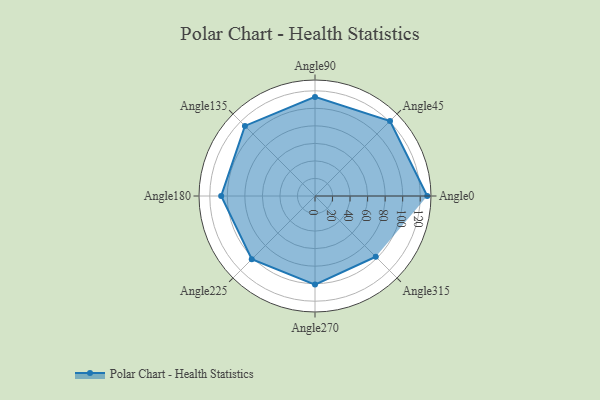
{"axis": {"x": "Angle", "y": "Radius"}, "legend": [""], "data": [{"x": "Angle0", "y": 128.0, "type": ""}, {"x": "Angle45", "y": 121.0, "type": ""}, {"x": "Angle90", "y": 113.0, "type": ""}, {"x": "Angle135", "y": 113.0, "type": ""}, {"x": "Angle180", "y": 107.0, "type": ""}, {"x": "Angle225", "y": 102.0, "type": ""}, {"x": "Angle270", "y": 101.0, "type": ""}, {"x": "Angle315", "y": 98.0, "type": ""}]}